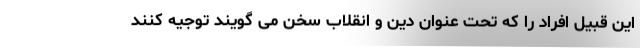
این قبیل افراد را که تحت عنوان دین و انقلاب سخن می گویند توجیه کنند